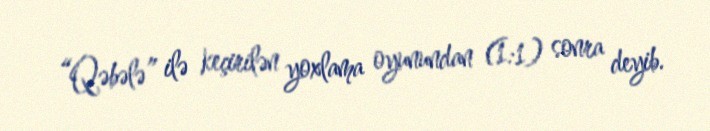
“Qəbələ” ilə keçirilən yoxlama oyunundan (1:1) sonra deyib.